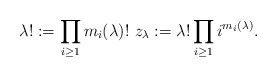
\begin{align*} \lambda! :=\prod_{i \geq 1} m_i(\lambda)!~ z_\lambda := \lambda!\prod_{i \geq1} {i^{m_i(\lambda)} }. \end{align*}